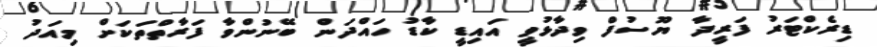
ޑިރެކްޓަރު ފަރީދާ ޔޫސުފް ވިދާޅުވީ އައިޑީ ކާޑު ހައްދަން ބޭނުންވާ ފަރާތްތަކަށް މިއަދު